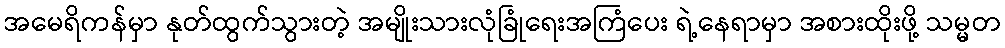
အမေရိကန်မှာ နုတ်ထွက်သွားတဲ့ အမျိုးသားလုံခြုံရေးအကြံပေး ရဲ့နေရာမှာ အစားထိုးဖို့ သမ္မတ